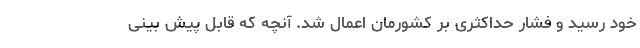
خود رسید و فشار حداکثری بر کشورمان اعمال شد. آنچه که قابل پیش بینی